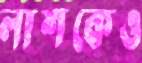
লাশকেও